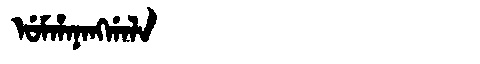
Manchu: ᡠᠮᡥᠠᠨᠠᠩᡤᠠᠯᠠ
Romanization: UMHANANGGALA